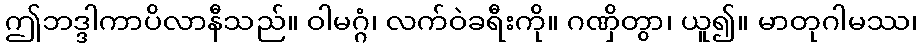
ဤဘဒ္ဒါကာပိလာနီသည်။ ဝါမဂ္ဂံ၊ လက်ဝဲခရီးကို။ ဂဏှိတွာ၊ ယူ၍။ မာတုဂါမဿ၊